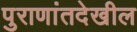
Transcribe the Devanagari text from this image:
पुराणांतदेखील